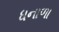
ધનાળા